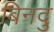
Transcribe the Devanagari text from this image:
बिनदु